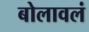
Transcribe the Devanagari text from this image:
बोलावलं